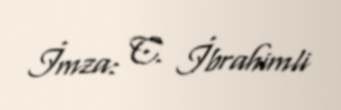
İmza: C. İbrahimli